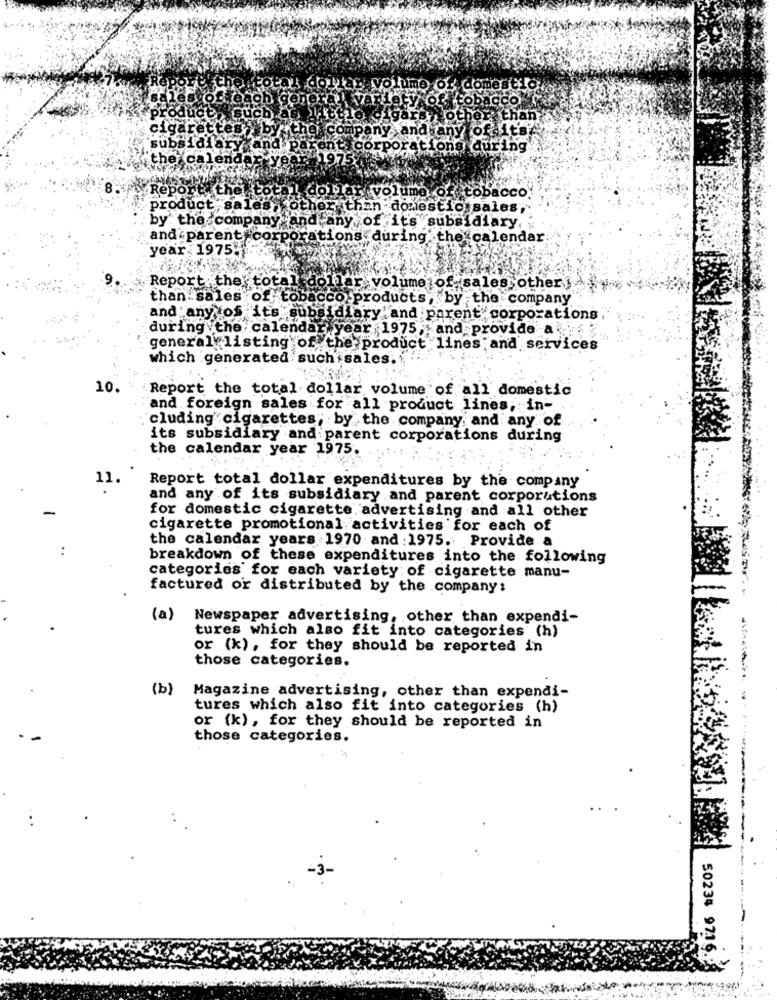
mo Of
co
han
ipany and any of its
tions during
8. Repor
dollar volume of tobacco.
product sales,ko
than domestic sales;
by: the company and any of its subsidiary.
and parent corporations during the calendar
year 1975.
Report the total dollar volume of sales other>>
than. sales of tobacco products, by the company
and any of its subsidiary and parent corporations
during the calendar year 1975, and provide a .
general listing of the product lines and services
which generated such sales.
10.
Report the total dollar volume of all' domestic
"and foreign sales for all product lines; in-
cluding cigarettes; by the company, and any of
its subsidiary and parent corporations during
the calendar year 1975.
Report total dollar expenditures by the company
and any of its subsidiary and parent corporations
for domestic cigarette advertising and all other
cigarette promotional activities for each of
the calendar years 1970 and :1975. Provide a
breakdown of these expenditures into the following
categories for each variety of cigarette manu-
factured or distributed by the company:
(a)
Newspaper advertising, other than expendi-
tures which also fit into categories (h)
or (k), for they should be reported in
those categories.
(b)
Magazine advertising, other than expendi-
tures which also fit into categories (h)
or (k), for they should be reported in
those categories.
50234 97.16